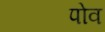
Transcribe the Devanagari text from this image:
पोव